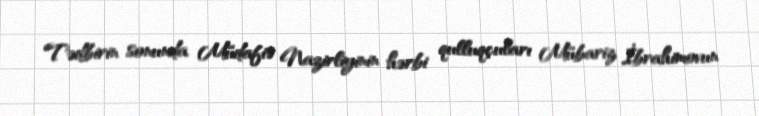
Tədbirin sonunda Müdafiə Nazirliyinin hərbi qulluqçuları Mübariz İbrahimovun